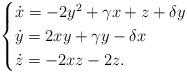
LaTeX: \begin{align*}\begin{cases}\dot{x}=-2y^{2}+\gamma x+z+\delta y\\\dot{y}=2xy+\gamma y-\delta x\\\dot{z}=-2xz-2z.\end{cases}\end{align*}